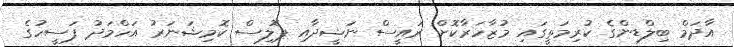
އާދަމް ބިލްޑިންގެ ކުރިމަތީގައި މުޒާހަރާކޮށް ރައީސް ނަޝީދާއި ޕޮލިސް ކޮމިޝަނަރު އަހްމަދު ފަސީހުގެ